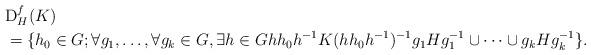
LaTeX: \begin{align*}&\mathrm{D}^{f}_H(K)\\&=\{h_0\in G; \forall g_1,\ldots,\forall g_k\in G, \exists h\in Ghh_0h^{-1}K(hh_0h^{-1})^{-1}g_1Hg_1^{-1}\cup\cdots\cup g_kHg_k^{-1}\}.\\\end{align*}